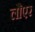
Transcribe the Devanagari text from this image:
लौएर